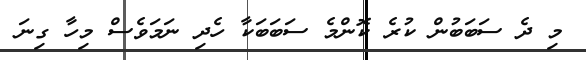
މި ދެ ސަބަބުން ކުރެ ކޮންމެ ސަބަބަކާ ހެދި ނަމަވެސް މިހާ ގިނަ